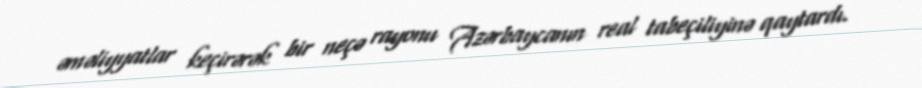
əməliyyatlar keçirərək bir neçə rayonu Azərbaycanın real tabeçiliyinə qaytardı.